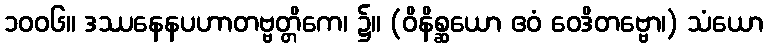
၁၀၀၆။ ဒဿနေနပဟာတဗ္ဗတ္တိကေ၊ ၌။ (ဝိနိစ္ဆယော ဧဝံ ဝေဒိတဗ္ဗော၊) သံယော